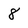
Character: 8